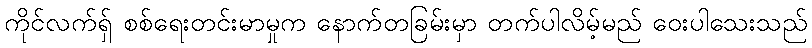
ကိုင်လက်ရှ် စစ်ရေးတင်းမာမှုက နောက်တခြမ်းမှာ တက်ပါလိမ့်မည် ဝေးပါသေးသည်